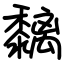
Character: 黐